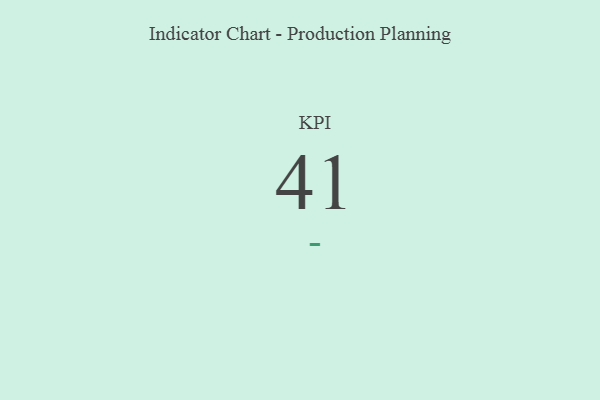
{"axis": {"x": "KPI", "y": "Value"}, "legend": [""], "data": [{"x": "KPI", "y": 41, "type": ""}]}